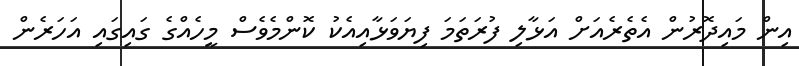
އިން މައިދޮރުން އެތެރެއަށް އަޅާލި ފުރަތަމަ ފިޔަވަޅާއިއެކު ކޮންމެވެސް މީހެއްގެ ގައިގައި އަހަރެން